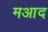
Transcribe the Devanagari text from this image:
मआद